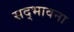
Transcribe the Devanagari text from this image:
सद्‌भावना